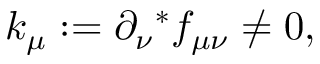
k _ { \mu } : = \partial _ { \nu } { } ^ { * } f _ { \mu \nu } \not = 0 ,